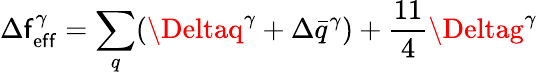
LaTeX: \Delta\mathsf{f}_{\mathrm{{e\mathsf{f}\mathsf{f}}}}^{\gamma}=\sum_{q}(\Deltaq^{\gamma}+\Delta\bar{{q}}^{\gamma})+\frac{{11}}{{4}}\Deltag^{\gamma}